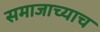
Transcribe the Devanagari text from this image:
समाजाच्याच